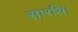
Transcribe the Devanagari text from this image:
सारथि।